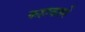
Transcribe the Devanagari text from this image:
कहावतमें